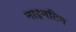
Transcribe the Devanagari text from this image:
नाइनटिन